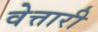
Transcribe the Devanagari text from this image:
वेत्तारी